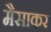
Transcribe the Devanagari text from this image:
मैसाकर